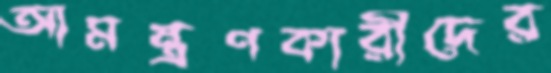
আমন্ত্রণকারীদের